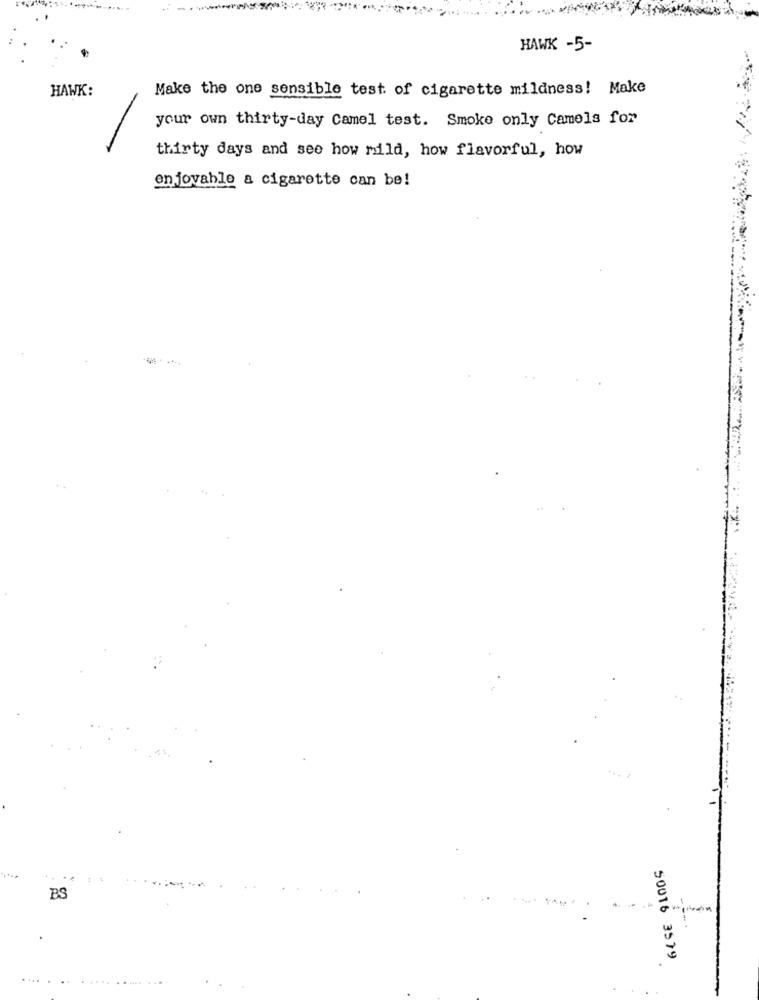
HAWK -5-
HAWK:
Make the one sensible test of cigarette mildness! Make
your own thirty-day Camel test. Smoke only Camels for
thirty days and see how rild, how flavorful, how
enjoyable a cigarette can be!
BS
50016 3579
...... ..... .........